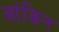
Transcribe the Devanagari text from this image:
आंकिन